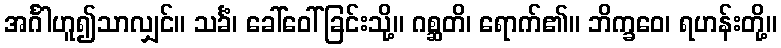
အင်္ဂါဟူ၍သာလျှင်။ သင်္ခံ၊ ခေါ်ဝေါ်ခြင်းသို့။ ဂစ္ဆတိ၊ ရောက်၏။ ဘိက္ခဝေ၊ ရဟန်းတို့။